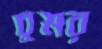
চুমর